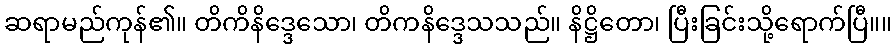
ဆရာမည်ကုန်၏။ တိကိနိဒ္ဒေသော၊ တိကနိဒ္ဒေသသည်။ နိဋ္ဌိတော၊ ပြီးခြင်းသို့ရောက်ပြီ။။